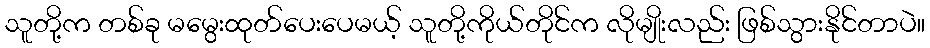
သူတို့က တစ်ခု မမွေးထုတ်ပေးပေမယ့် သူတို့ကိုယ်တိုင်က လိုမျိုးလည်း ဖြစ်သွားနိုင်တာပဲ။